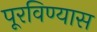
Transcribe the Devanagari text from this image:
पूरविण्यास